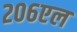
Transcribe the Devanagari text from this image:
२०६एल